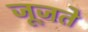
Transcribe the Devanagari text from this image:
जूजते